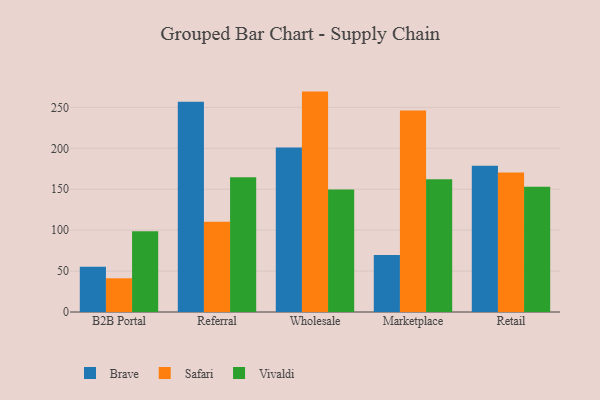
{"axis": {"x": "Channel", "y": "Bounce Rate (%)"}, "legend": ["Brave", "Safari", "Vivaldi"], "data": [{"x": "B2B Portal", "y": 55.4, "type": "Brave"}, {"x": "B2B Portal", "y": 41.2, "type": "Safari"}, {"x": "B2B Portal", "y": 98.8, "type": "Vivaldi"}, {"x": "Referral", "y": 256.9, "type": "Brave"}, {"x": "Referral", "y": 110.3, "type": "Safari"}, {"x": "Referral", "y": 164.6, "type": "Vivaldi"}, {"x": "Wholesale", "y": 201.1, "type": "Brave"}, {"x": "Wholesale", "y": 269.3, "type": "Safari"}, {"x": "Wholesale", "y": 149.6, "type": "Vivaldi"}, {"x": "Marketplace", "y": 69.5, "type": "Brave"}, {"x": "Marketplace", "y": 246.1, "type": "Safari"}, {"x": "Marketplace", "y": 162.2, "type": "Vivaldi"}, {"x": "Retail", "y": 178.6, "type": "Brave"}, {"x": "Retail", "y": 170.6, "type": "Safari"}, {"x": "Retail", "y": 152.9, "type": "Vivaldi"}]}